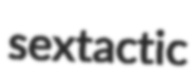
sextactic